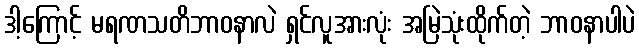
ဒါ့ကြောင့် မရဏသတိဘာဝနာလဲ ရှင်လူအားလုံး အမြဲသုံးထိုက်တဲ့ ဘာဝနာပါပဲ